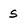
Character: s